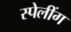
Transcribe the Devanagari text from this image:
स्पेलींग